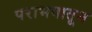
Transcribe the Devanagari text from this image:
पराभवातून